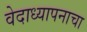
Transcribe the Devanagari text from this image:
वेदाध्यापनाचा